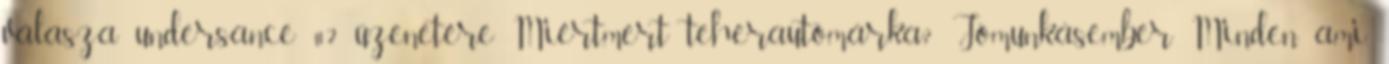
válasza undersance #2 üzenetére Miért,mert teherautómárka? Jómunkásember Minden ami.